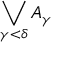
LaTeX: \bigvee _ { \gamma < \delta } { A _ { \gamma } }